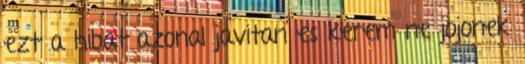
ezt a hibat azonal javitan es kerem ne jojonek